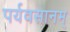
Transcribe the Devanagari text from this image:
पर्यवसानम्